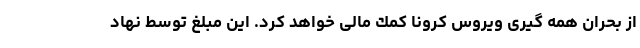
از بحران همه گيرى ويروس كرونا كمك مالى خواهد كرد. اين مبلغ توسط نهاد